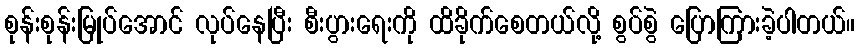
စုန်းစုန်းမြုပ်အောင် လုပ်နေပြီး စီးပွားရေးကို ထိခိုက်စေတယ်လို့ စွပ်စွဲ ပြောကြားခဲ့ပါတယ်။